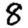
Digit: 8